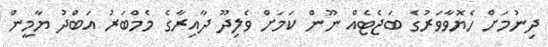
ދިނުމަށް ހެޔޮވާވަރުގެ ބަޖެޓެއް ނޫން ކަމަށް ވެލިދޫ ދާއިރާގެ މެމްބަރު އަބްދު ޔާމީން